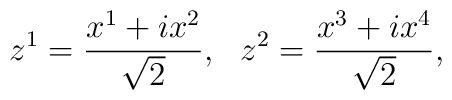
z^1={x^1+ix^2\over\sqrt{2}},~~z^2={x^3+ix^4\over\sqrt{2}},